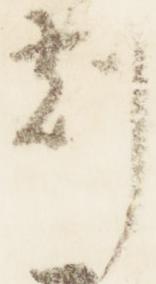
刻